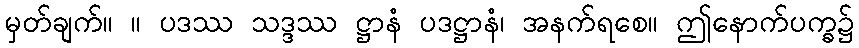
မှတ်ချက်။ ။ ပဒဿ သဒ္ဒဿ ဋ္ဌာနံ ပဒဋ္ဌာနံ၊ အနက်ရစေ။ ဤနောက်ပက္ခ၌